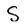
Character: S